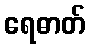
ရေဓာတ်